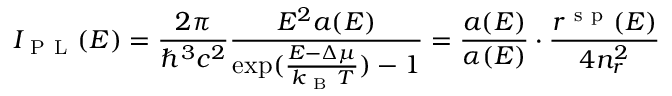
I _ { \mathrm { ~ P ~ L ~ } } ( E ) = \frac { 2 \pi } { \hbar ^ { 3 } c ^ { 2 } } \frac { E ^ { 2 } a ( E ) } { \exp ( \frac { E - \Delta \mu } { k _ { \mathrm { ~ B ~ } } T } ) - 1 } = \frac { a ( E ) } { \alpha ( E ) } \cdot \frac { r ^ { \mathrm { ~ s ~ p ~ } } ( E ) } { 4 n _ { r } ^ { 2 } }